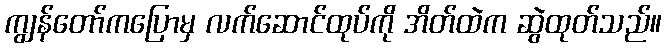
ကျွန်တော်ကပြောမှ လက်ဆောင်ထုပ်ကို အိတ်ထဲက ဆွဲထုတ်သည်။